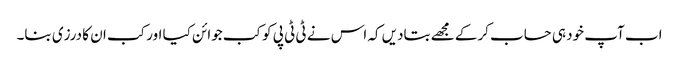
اب آپ خود ہی حساب کرکے مجھے بتادیں کہ اس نے ٹی ٹی پی کو کب جوائن کیا اور کب ان کا درزی بنا۔